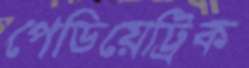
পেডিয়েট্রিক